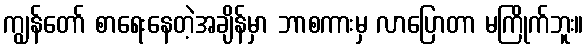
ကျွန်တော် စာရေးနေတဲ့အချိန်မှာ ဘာစကားမှ လာပြောတာ မကြိုက်ဘူး။